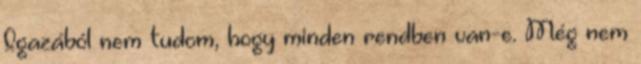
Igazából nem tudom, hogy minden rendben van-e. Még nem